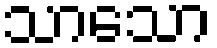
သာသော